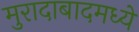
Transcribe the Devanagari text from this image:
मुरादाबादमध्ये